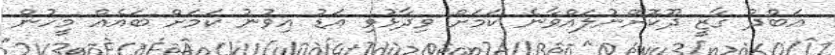
އަބްދު ގާޒީ ދޫކޮށްނުލައްވާނެ ކަމަށް ވިދާޅުވި އަޑު އިވުނު ކަމަށް ބައެއް މީހުން